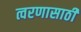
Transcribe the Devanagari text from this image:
त्वरणासाठी